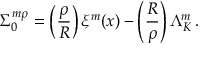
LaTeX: \Sigma _ { 0 } ^ { m \rho } = \left( { \frac { \rho } { R } } \right) \xi ^ { m } ( x ) - \left( { \frac { R } { \rho } } \right) \Lambda _ { K } ^ { m } \, .